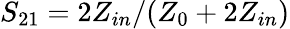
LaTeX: S_{21}=2Z_{in}/(Z_{0}+2Z_{in})